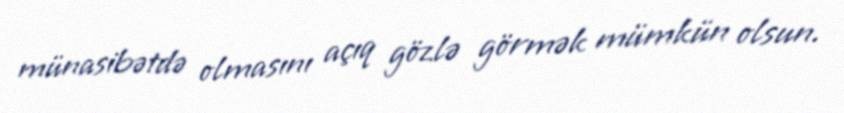
münasibətdə olmasını açıq gözlə görmək mümkün olsun.